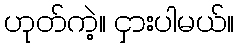
ဟုတ်ကဲ့။ ငှားပါမယ်။